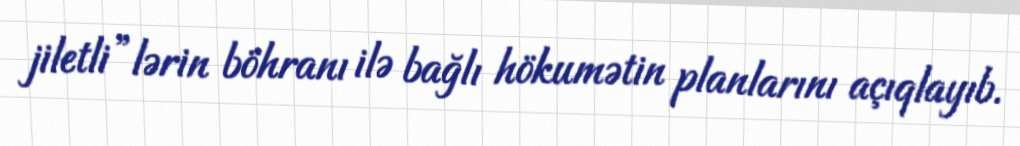
jiletli”lərin böhranı ilə bağlı hökumətin planlarını açıqlayıb.